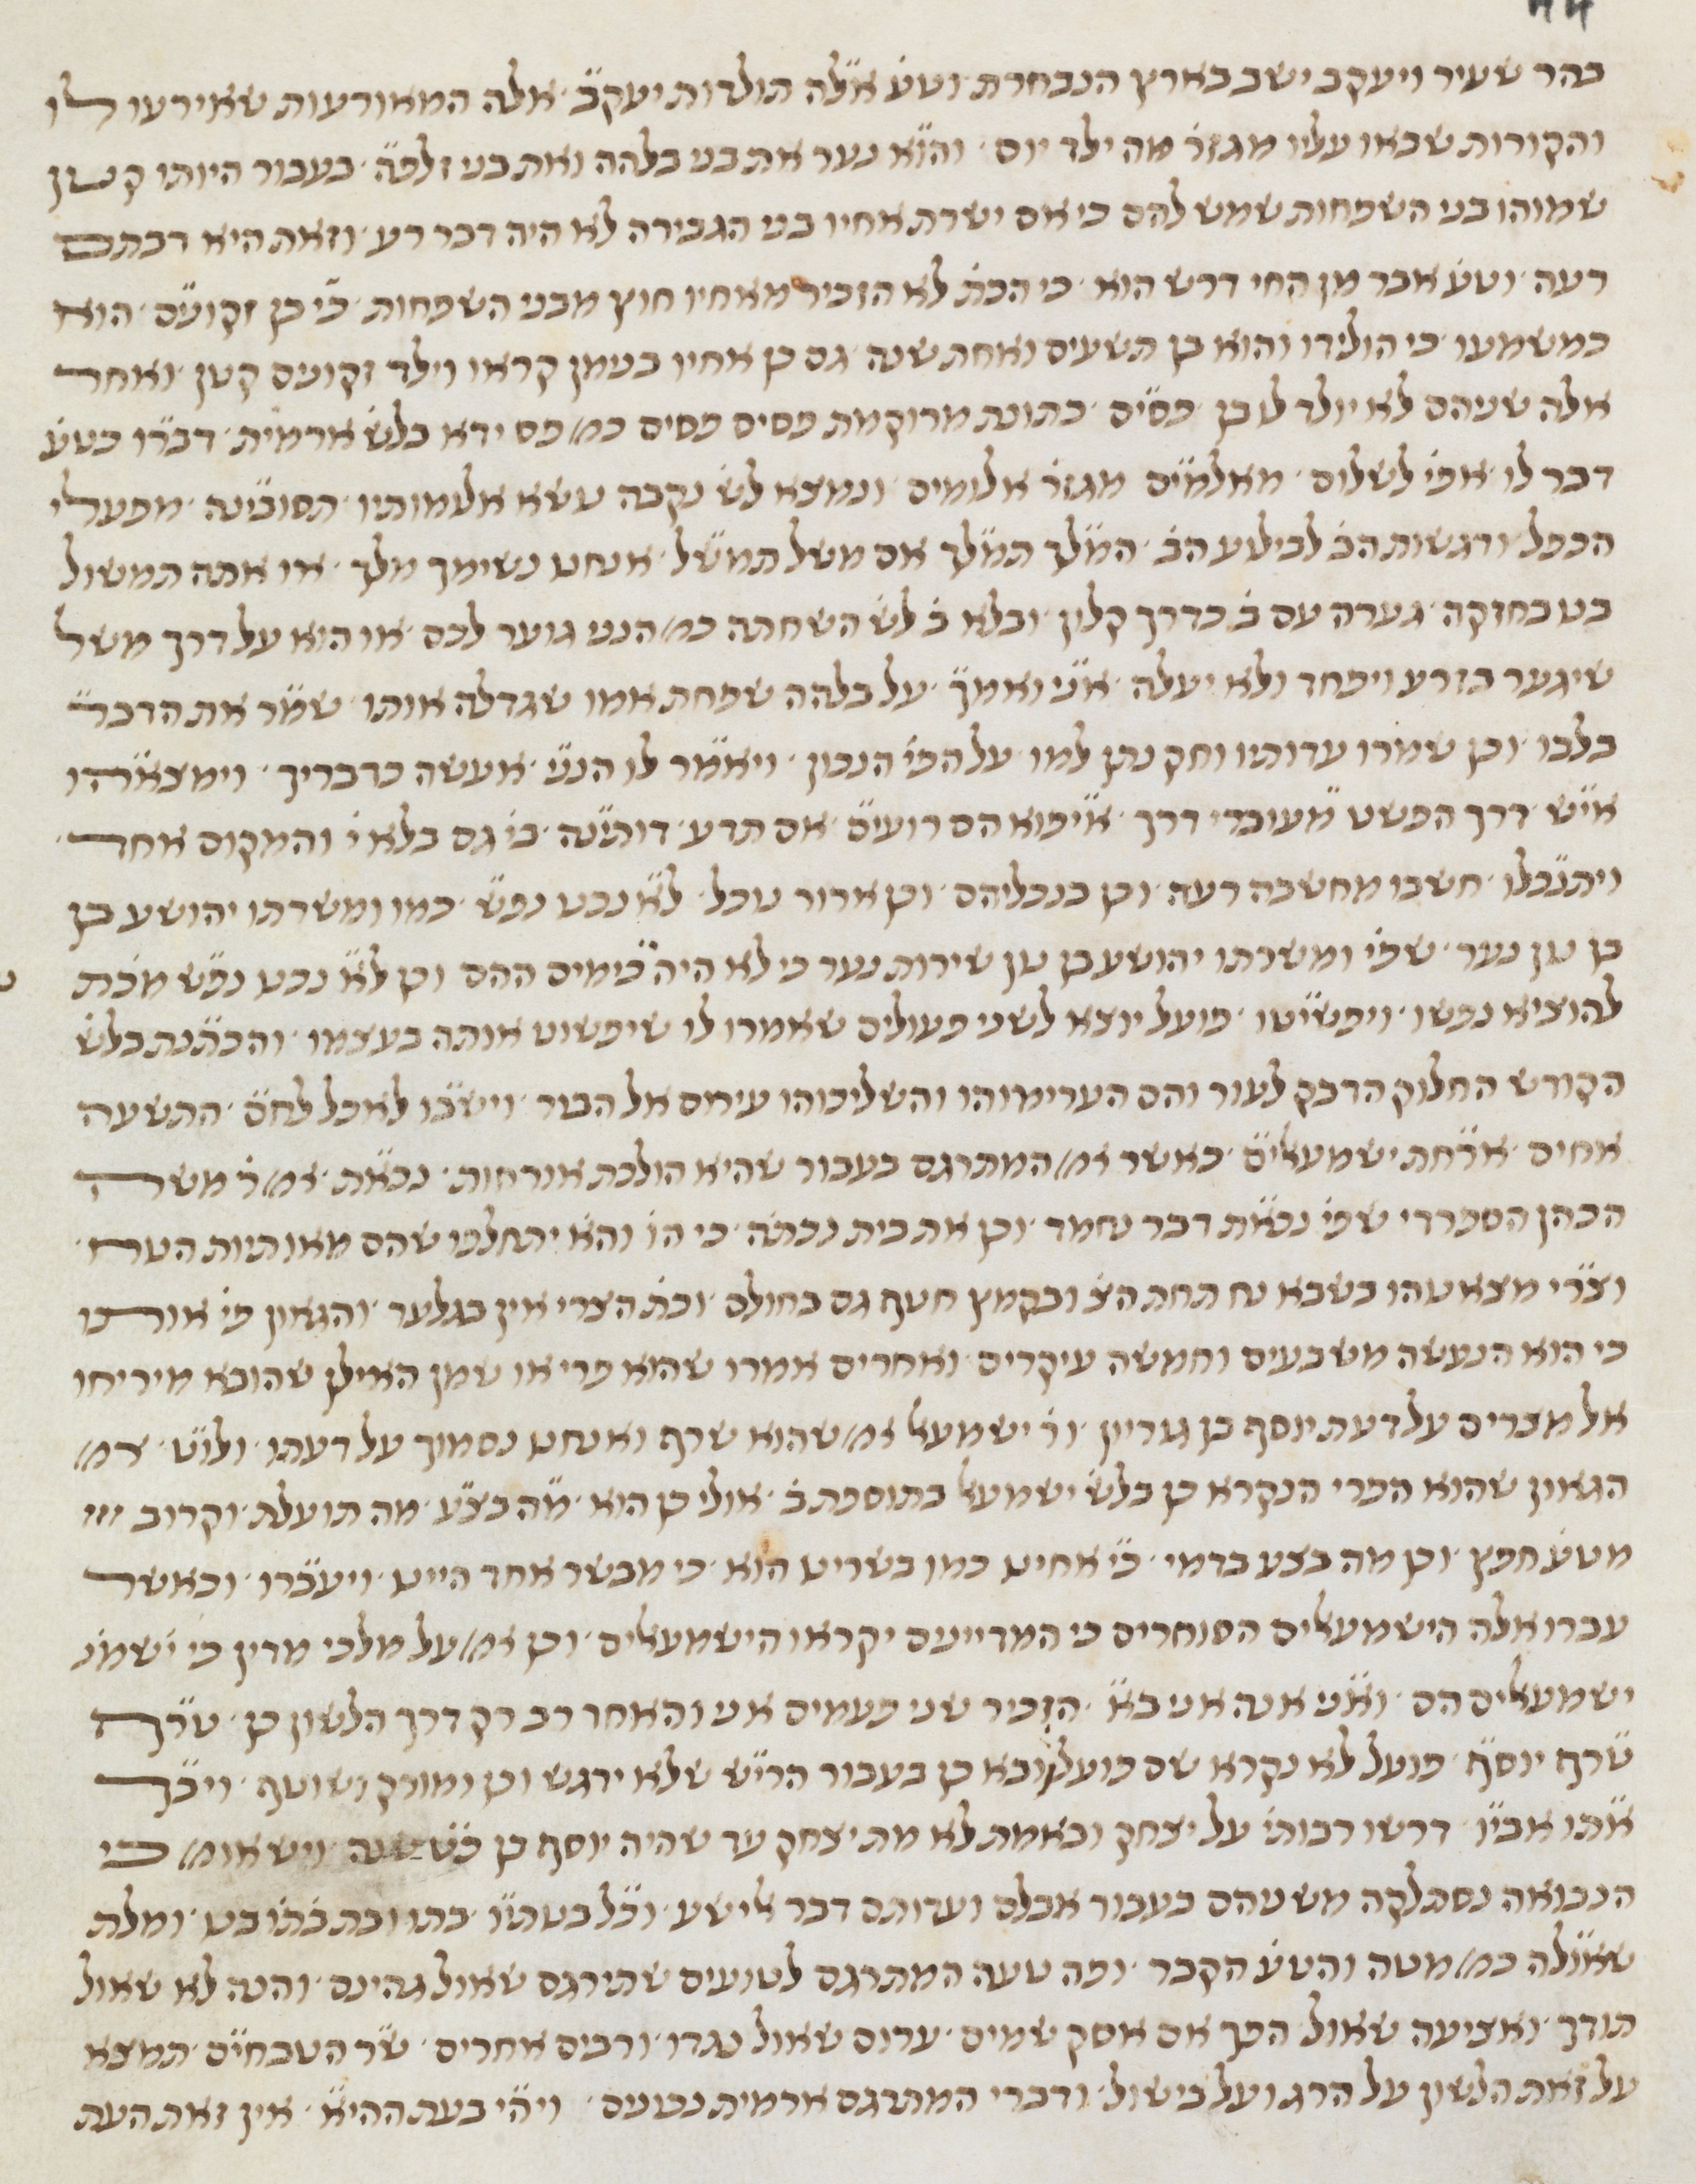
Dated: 1450–1499